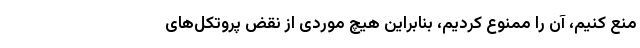
منع کنیم، آن را ممنوع کردیم، بنابراین هیچ موردی از نقض پروتکل‌های